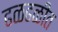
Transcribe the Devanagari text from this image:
ढळढळीत